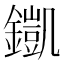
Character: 𨬫